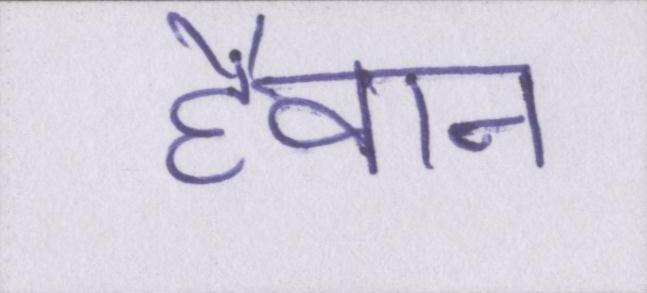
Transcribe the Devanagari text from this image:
हैवान